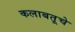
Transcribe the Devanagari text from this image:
कलाबतूचे